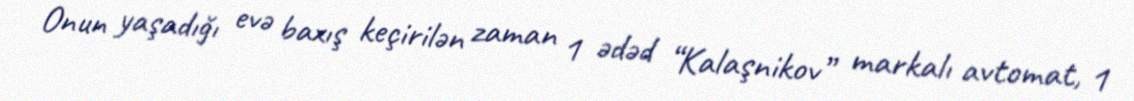
Onun yaşadığı evə baxış keçirilən zaman 1 ədəd “Kalaşnikov” markalı avtomat, 1